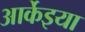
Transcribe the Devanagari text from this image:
आर्केइया